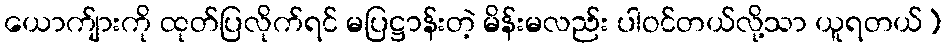
ယောက်ျားကို ထုတ်ပြလိုက်ရင် မပြဋ္ဌာန်းတဲ့ မိန်းမလည်း ပါဝင်တယ်လို့သာ ယူရတယ်)